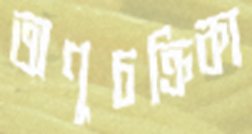
অণুচক্রিকা